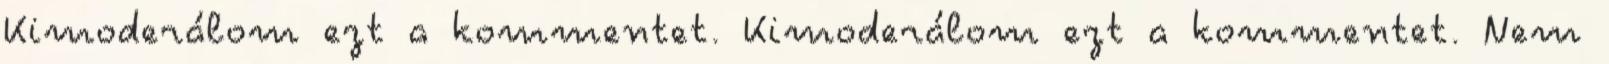
Kimoderálom ezt a kommentet. Kimoderálom ezt a kommentet. Nem